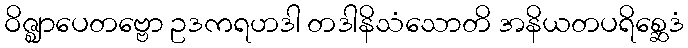
ဝိဇ္ဈာပေတဗ္ဗော ဥဒကရဟဒါ တဒါနိသံသောတိ အနိယတပရိစ္ဆေဒံ